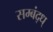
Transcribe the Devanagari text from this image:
सम्बंद्ध्